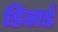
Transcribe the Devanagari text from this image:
डिलर्ड